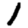
Digit: 1